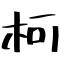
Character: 柯